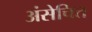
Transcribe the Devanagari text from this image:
अंसेचित